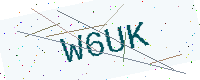
Text: W6UK